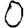
Digit: 0